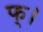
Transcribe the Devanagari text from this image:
फ्।